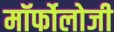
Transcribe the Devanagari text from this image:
मॉर्फोलोजी